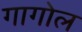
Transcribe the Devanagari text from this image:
गागोल